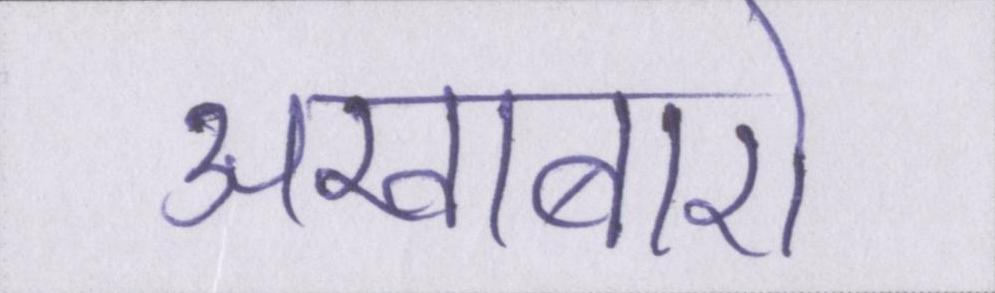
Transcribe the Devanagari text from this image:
अखाबारो